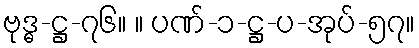
ဗုဒ္ဓ-ဋ္ဌ-၇၆။ ။ ပဏ်-၁-ဋ္ဌ-ပ-အုပ်-၅၇။